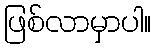
ဖြစ်လာမှာပါ။